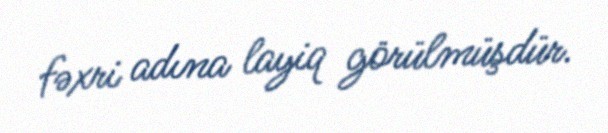
fəxri adına layiq görülmüşdür.